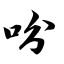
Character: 吩